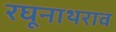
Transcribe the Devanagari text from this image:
रघूनाथराव